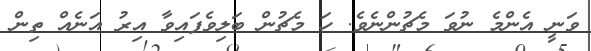
ވަނީ އެންމެ ނުވަ މެޗުންނެވެ. ހަ މެޗުން ބަލިވެފައިވާ އިރު އަނެއް ތިން